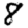
Digit: 8